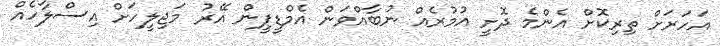
އަހަރަށް ތިރިކޮށް އެންމެ ދޮށީ އުމުރެއް ނުބާއްވަން އެމްޑީޕީން އޭރު މަޖިލީހަށް އިސްލާހެއް